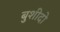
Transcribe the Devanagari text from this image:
बुशीदो